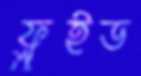
ফ্লুইড